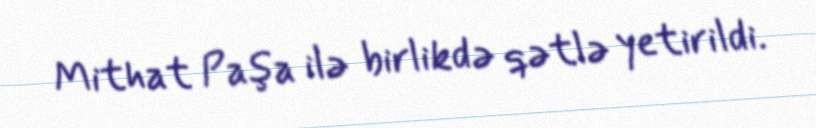
Mithat Paşa ilə birlikdə qətlə yetirildi.